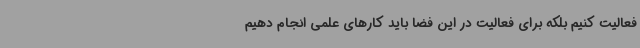
فعالیت کنیم بلکه برای فعالیت در این فضا باید کارهای علمی انجام دهیم